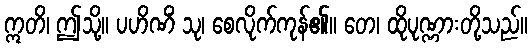
ဣတိ၊ ဤသို့။ ပဟိဏိံ သု၊ စေလိုက်ကုန်၏။ တေ၊ ထိုပုဏ္ဏားတို့သည်။